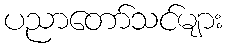
ပညာတော်သင်များ